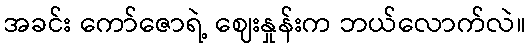
အခင်း ကော်ဇောရဲ့ ဈေးနှုန်းက ဘယ်လောက်လဲ။